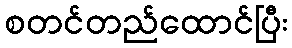
စတင်တည်ထောင်ပြီး